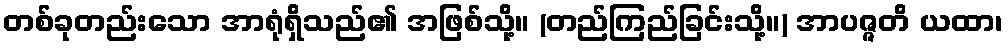
တစ်ခုတည်းသော အာရုံရှိသည်၏ အဖြစ်သို့။ (တည်ကြည်ခြင်းသို့။) အာပဇ္ဇတိ ယထာ၊